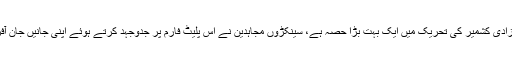
حزب المومنین کا آزادی کشمیر کی تحریک میں ایک بہت بڑا حصہ ہے، سینکڑوں مجاہدین نے اس پلیٹ فارم پر جدوجہد کرتے ہوئے اپنی جانیں جان آفریں کے سپرد کیں۔